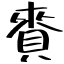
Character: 賚